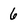
Character: 6